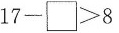
$$1 7 - \Box > 8$$